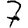
Digit: 7